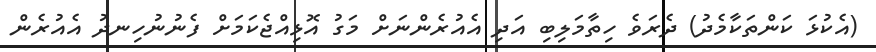
(އެކުޅަ ކަންތަކާމެދު) ދެރަވެ ހިތާމަލިބި އަދި އެއުރެންނަށް މަގު އޮޅިއްޖެކަމަށް ފެނުނުހިނދު އެއުރެން